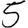
Digit: 5